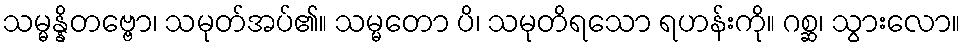
သမ္မန္နိတဗ္ဗော၊ သမုတ်အပ်၏။ သမ္မတော ပိ၊ သမုတိရသော ရဟန်းကို။ ဂစ္ဆ၊ သွားလော။